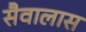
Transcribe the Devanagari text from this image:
सैवालास